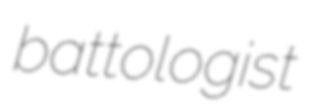
battologist